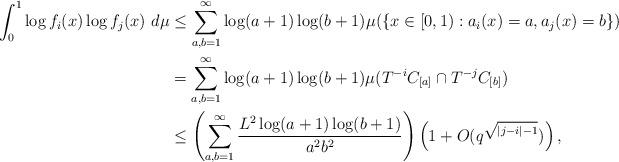
LaTeX: \begin{align*}\int_0^1 \log f_i(x) \log f_j(x) \ d\mu &\le \sum_{a,b=1}^\infty \log (a+1)\log(b+1) \mu(\{x\in[0,1): a_i(x)=a,a_j(x)=b\})\\&= \sum_{a,b=1}^\infty \log(a+1)\log (b+1)\mu(T^{-i} C_{[a]} \cap T^{-j} C_{[b]})\\&\le \left( \sum_{a,b=1}^\infty \frac{{L}^2\log(a+1)\log(b+1)}{a^2b^2}\right) \left(1+O(q^{\sqrt{|j-i|-1}})\right),\end{align*}